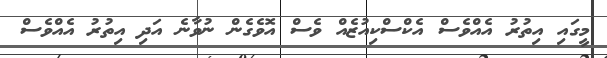
މީގައި އިތުރު އެއްވެސް އެކްސްކިއުޒެއް ވެސް އޮވެގެން ނުވާނެ އަދި އިތުރު އެއްވެސް